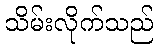
သိမ်းလိုက်သည်